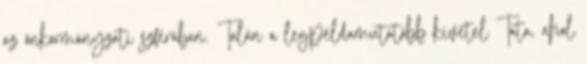
az önkormányzati szférában. Talán a legpéldamutatóbb kivétel Tata, ahol